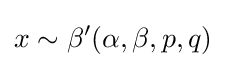
x\sim \beta '(\alpha ,\beta ,p,q)